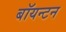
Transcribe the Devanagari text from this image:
बॉयन्टन